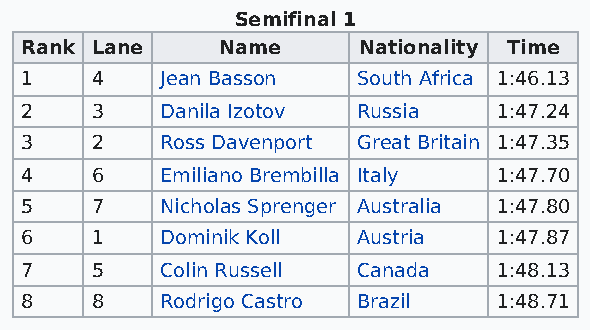
Semifinal 1
 Rank Lane    Name      Nationality Time
 1    4    Jean Basson  South Africa 1:46.13
 2    3    Danila Izotov Russia  1:47.24
 3    2    Ross Davenport Great Britain 1:47.35
 4    6    Emiliano Brembilla Italy 1:47.70
 5    7    Nicholas Sprenger Australia 1:47.80
 6    1    Dominik Koll Austria  1:47.87
 7    5    Colin Russell Canada  1:48.13
 8    8    Rodrigo Castro Brazil 1:48.71